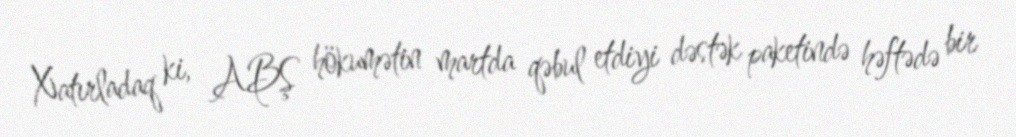
Xatırladaq ki, ABŞ hökumətin martda qəbul etdiyi dəstək paketində həftədə bir